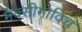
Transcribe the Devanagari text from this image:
मैक्सीमोविच